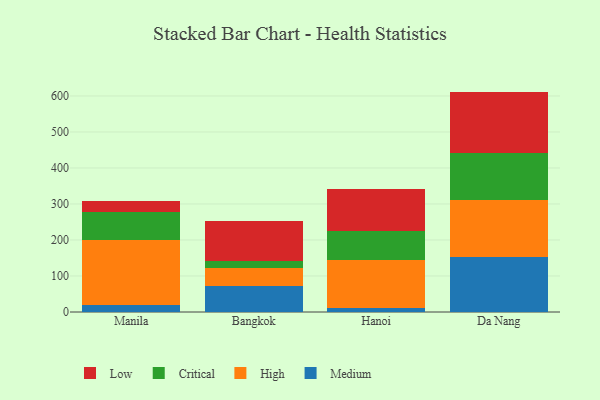
{"axis": {"x": "City", "y": "Active Users"}, "legend": ["Critical", "High", "Low", "Medium"], "data": [{"x": "Manila", "y": 20.8, "type": "Medium"}, {"x": "Manila", "y": 179.7, "type": "High"}, {"x": "Manila", "y": 76.2, "type": "Critical"}, {"x": "Manila", "y": 31.7, "type": "Low"}, {"x": "Bangkok", "y": 70.9, "type": "Medium"}, {"x": "Bangkok", "y": 50.6, "type": "High"}, {"x": "Bangkok", "y": 20.1, "type": "Critical"}, {"x": "Bangkok", "y": 112.0, "type": "Low"}, {"x": "Hanoi", "y": 12.4, "type": "Medium"}, {"x": "Hanoi", "y": 132.1, "type": "High"}, {"x": "Hanoi", "y": 79.2, "type": "Critical"}, {"x": "Hanoi", "y": 117.9, "type": "Low"}, {"x": "Da Nang", "y": 153.3, "type": "Medium"}, {"x": "Da Nang", "y": 158.1, "type": "High"}, {"x": "Da Nang", "y": 129.3, "type": "Critical"}, {"x": "Da Nang", "y": 171.4, "type": "Low"}]}